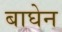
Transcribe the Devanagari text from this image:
बाघेन